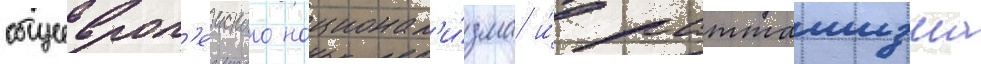
общеевроп'еиского национал'и́зма и́ ратташизма